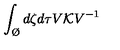
\int _ { \O } d \zeta d \tau V { \cal K } V ^ { - 1 }